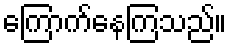
ကြောက်နေကြသည်။